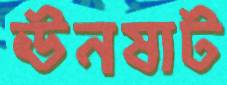
ঊনষাট